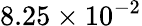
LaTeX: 8.25\times 10^{-2}